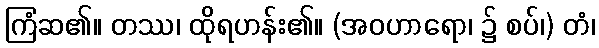
ကြံဆ၏။ တဿ၊ ထိုရဟန်း၏။ (အဝဟာရော၊ ၌ စပ်၊) တံ၊